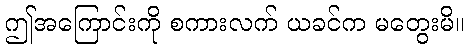
ဤအကြောင်းကို စကားလက် ယခင်က မတွေးမိ။